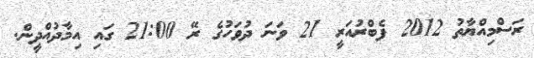
ރަސްމިއްޔާތު 2012 ފެބްރުއަރީ 21 ވަނަ ދުވަހުގެ ރޭ 21:00 ގައި އިމާދުއްދީން.